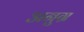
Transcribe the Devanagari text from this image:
अनुग्र